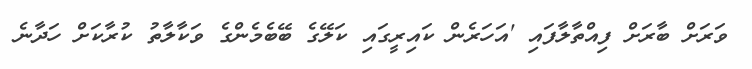
ވަރަށް ބާރަށް ފިއްތާލާފައި 'އަހަރެން ކައިރީގައި ކަލޭގެ ބޭބެމެންގެ ވަކާލާތު ކުރާކަށް ހަދާނެ